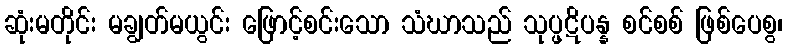
ဆုံးမတိုင်း မချွတ်မယွင်း ဖြောင့်စင်းသော သံဃာသည် သုပ္ဖဋိပန္န စင်စစ် ဖြစ်ပေစွ၊